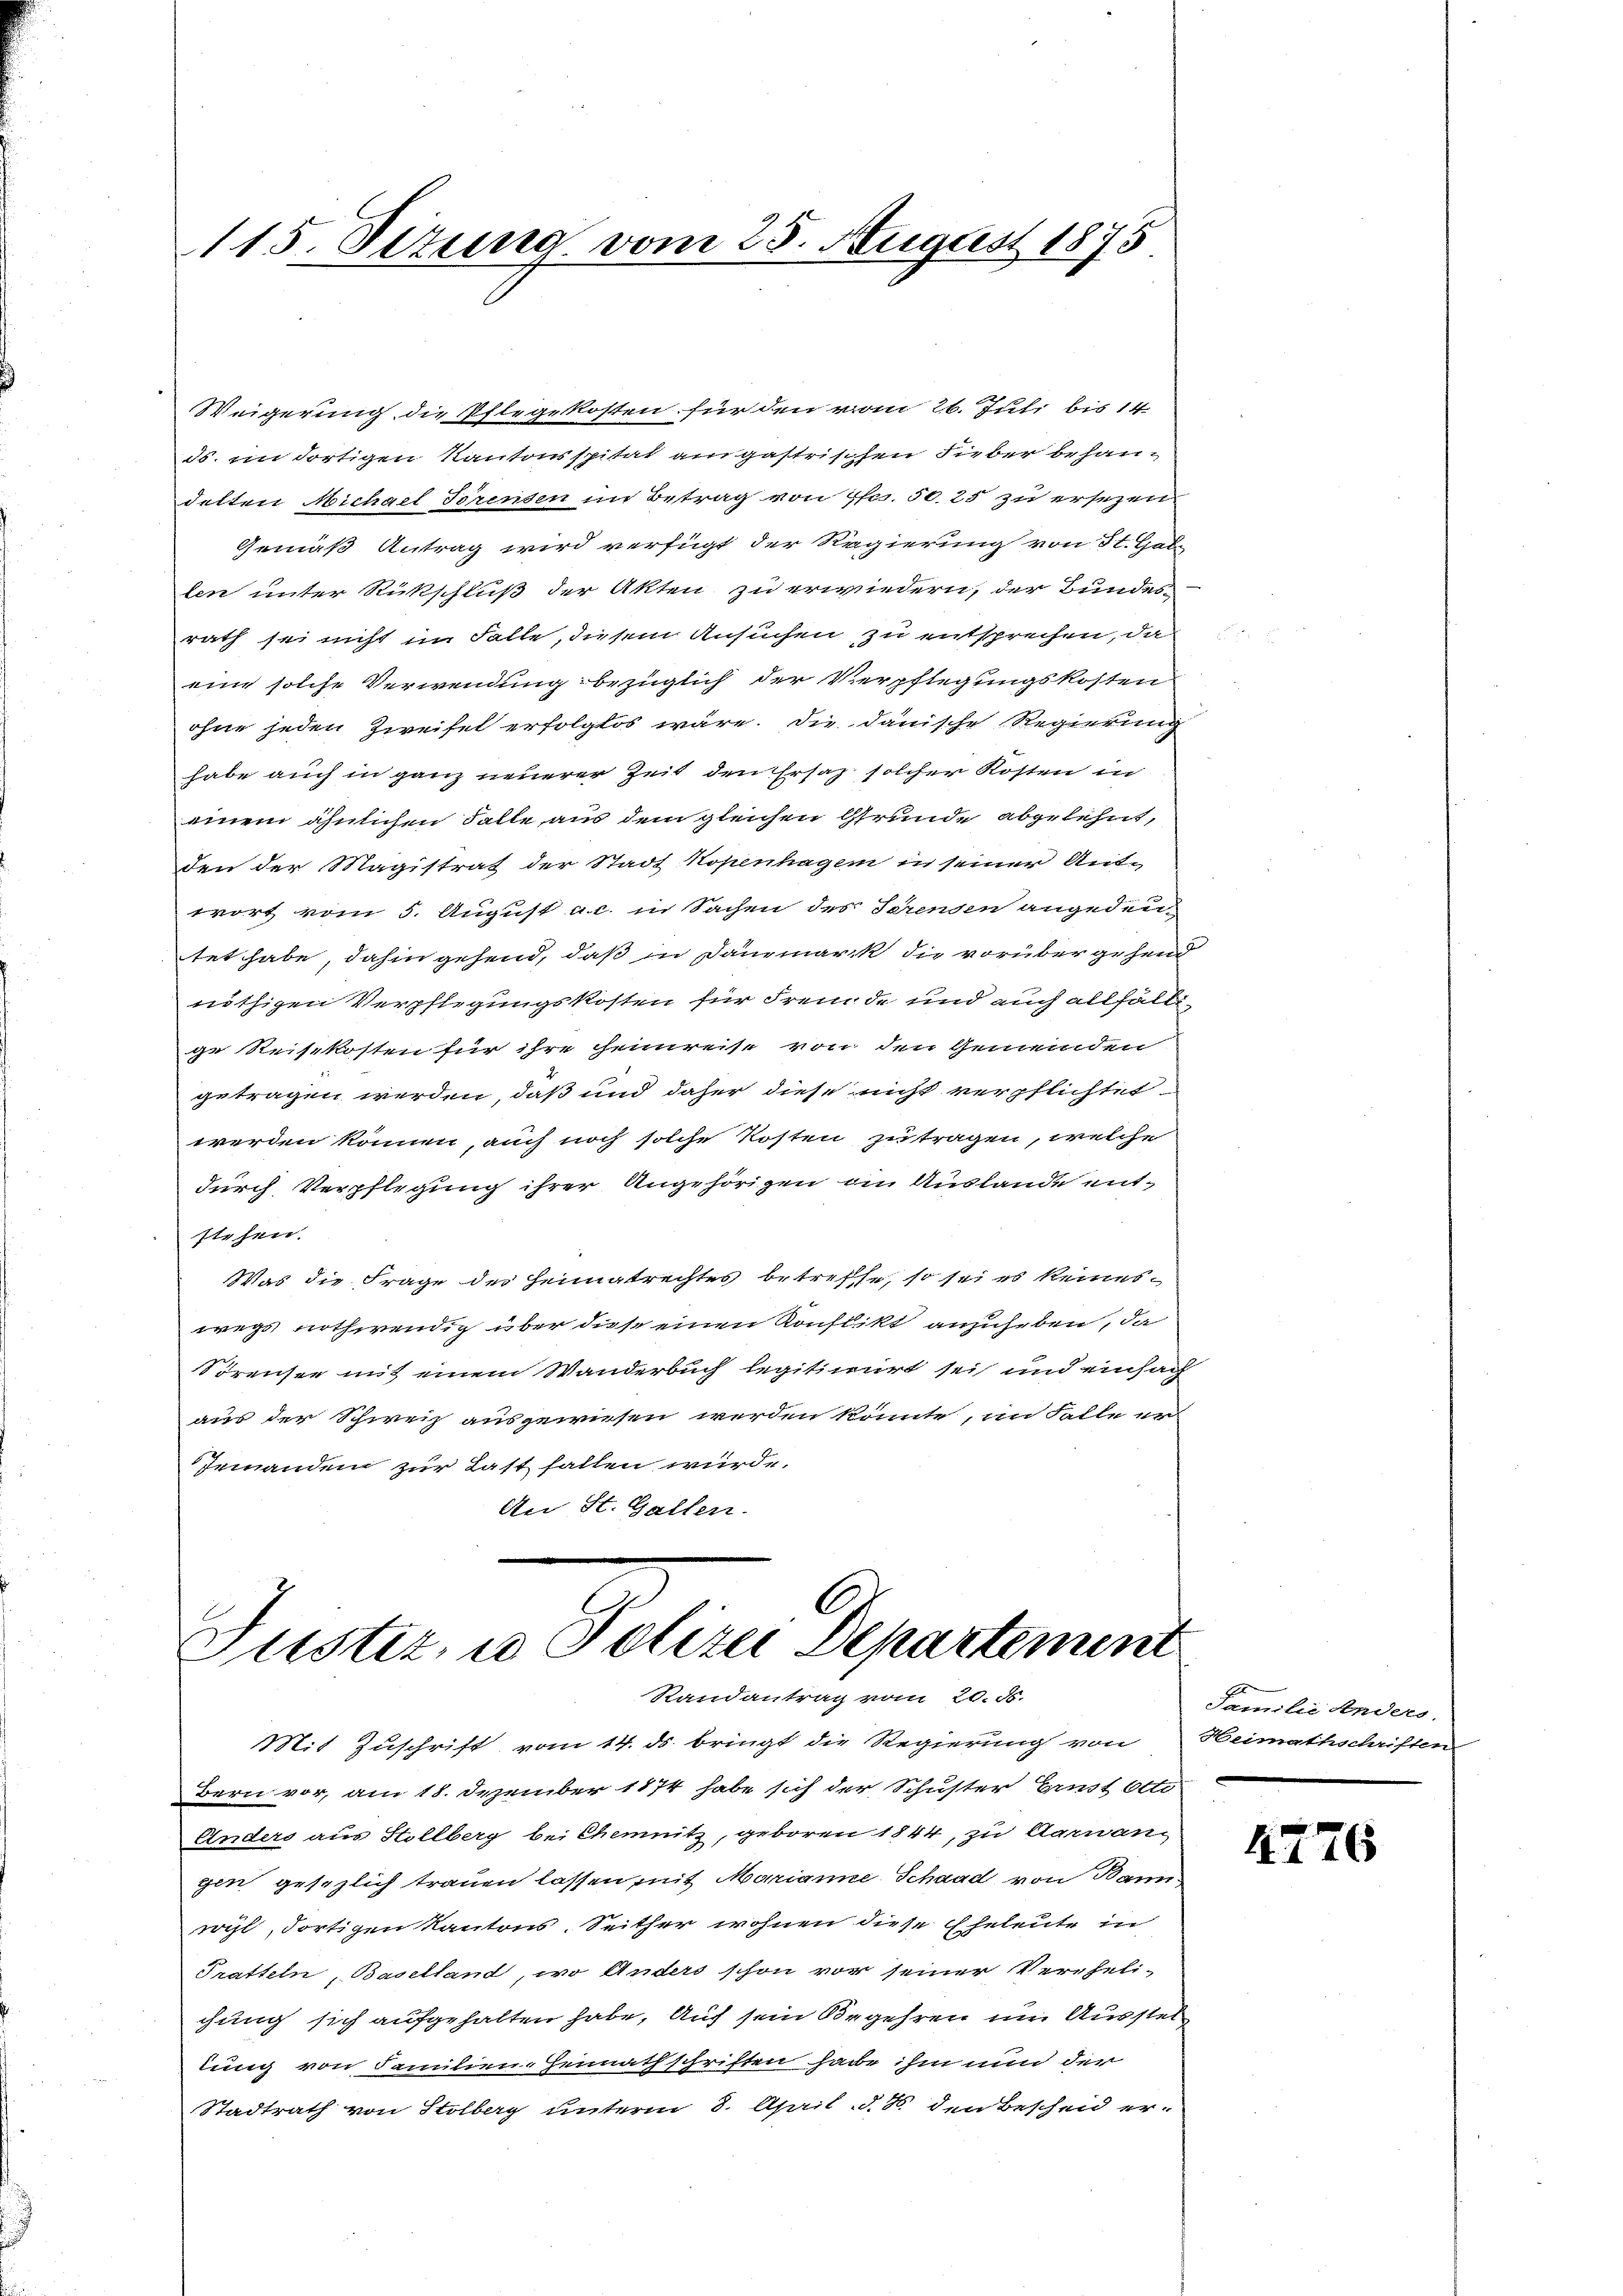
115. Situng vom 25. August 1875

Weigerung die Pflegekosten für den vom 26. Juli bis 14
ds. im dortigen Kantonsspital angastrischen Fieber behandelten Michael Torensen im Betrag von ffcs. 50. 25 zu ersezens
Gemäß Antrag wird verfügt der Regierung von St. Gal
len unter Rückschluß der Akten zu erwiedern, der Bundes-
rath sei nicht im Falle, diesem Ansuchen zu entsprechen, da
eine solche Verwendung bezüglich der Verpflegungskosten
ohne jeden Zweifel erfolglos wäre. Die danische Regierung
habe auch in ganz neuerer Zeit den Ersatz solcher Kosten in
einem ähnlichen Falle aus dem gleichen Grunde abgelehnt,
den der Magistrat der Stadt Kopenhagen in seiner Antwort vom 5. August a.c. in Sachen des Serenden angeden-
tet habe, dahin gehend, daß in Danemark die vorüber gehend
nöthigen Verpflegungskosten für Fremde und auch allfällige Reisekosten für ihre heimreise von den Gemeinden
getragen werden, daß und daher diese nicht verpflichtet
werden können, auch noch solche Kosten zu tragen, welche
durch Verpflegung ihrer Angehörigen an Auslande entstehen.
Was die Frage der Heimatrechtes betreffe, so sei es keineswegs nothwendig über diese einen Konflikt anzuheben, da
Sörensee mit einem Wanderbuch legitimirt sei und einfach
aus der Schweiz ausgewiesen werden könnte, im Falle er
Jemanden zur Last fallen würde.
An St. Gallen.

Guster, in Polizei Departement
Randantrag vom 20. d.

Mit Zuschrift vom 14. ds. bringt die Regierung von Heimathschriften
Bern vor, am 18. Dezember 1874 habe sich der Schuster Ernst Otte
Anders aus Stollberg bei Chemnitz, geboren 1844, zu Garangen gesezlich trauen lassen, mit Marianne Schaad von Bann
wohl, dortigen Kantons, Seither wohnen diese Eheleute in
Tratteln, Baselland, wo Anders schon vor seiner Vereheli-
chung sich aufgehalten habe. Auf sein Begehren um Ausstellung von Familien-Heimathschriften habe ihm nun der
Stadtrath von Stolberg unterm 8. April d. 8. den Bescheid er-

Familie Anders

4776